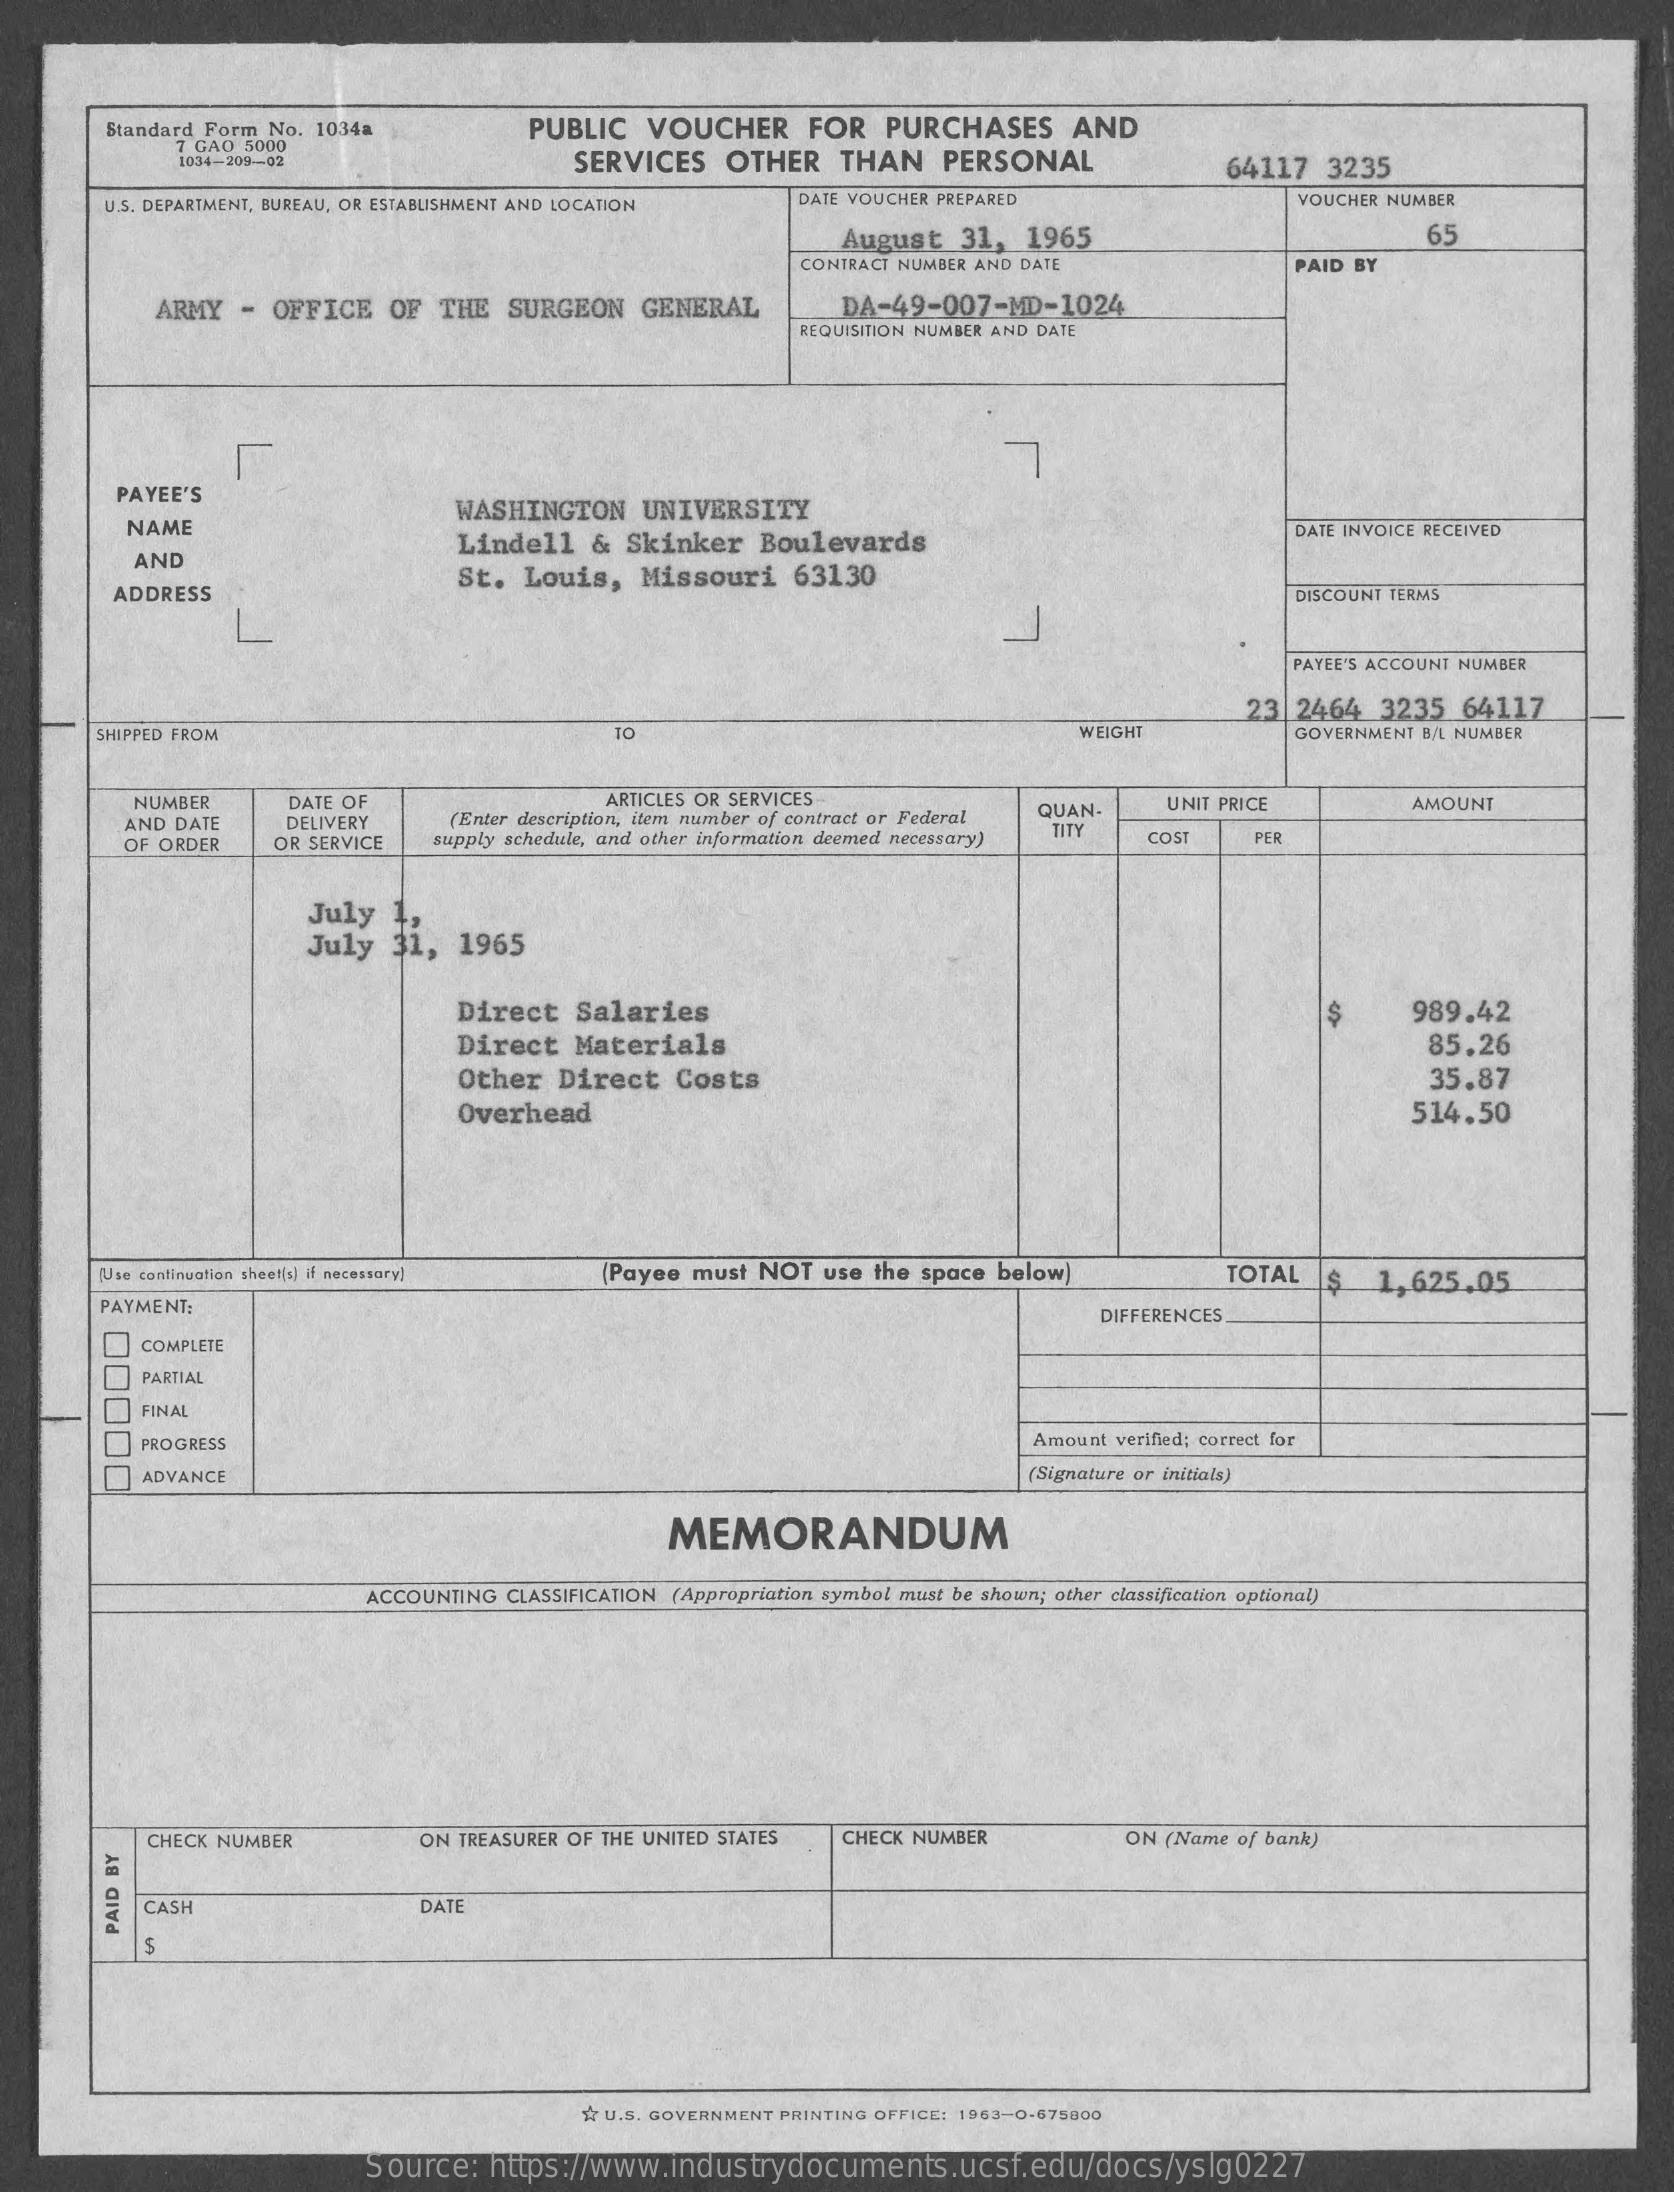
Standard Form  No. 1034a    PUBLIC    VOUCHER    FOR    PURCHASES    AND
     7 GAO 5000
     1034-209-02    SERVICES    OTHER    THAN    PERSONAL    64117    3235
     U.S. DEPARTMENT, BUREAU, OR ESTABLISHMENT AND LOCATION    DATE VOUCHER PREPARED    VOUCHER NUMBER
     August    31,  1965    65
     CONTRACT NUMBER AND DATE    PAID BY
     ARMY   -  OFFICE    OF   THE   SURGEON    GENERAL    DA-49-007-MD-1024
     REQUISITION NUMBER AND DATE
     PAYEE'S
     NAME
     WASHINGTON    UNIVERSITY
     Lindell    &  Skinker    Boulevards
     DATE INVOICE RECEIVED
     AND
     ADDRESS
     St.  Louis,    Missouri    63130
     DISCOUNT TERMS
     PAYEE'S ACCOUNT NUMBER
     23  2464    3235   64117
     SHIPPED FROM    TO    WEIGHT    GOVERNMENT B/L NUMBER
     NUMBER    DATE OF    ARTICLES OR SERVICES
     (Enter description, item number of contract or Federal QUAN-   UNIT PRICE    AMOUNT
     AND DATE    DELIVERY
     OF ORDER    OR SERVICE    supply schedule, and other information deemed necessary) TITY  COST    PER
     July    1,
     July    31,  1965
     Direct    Salaries    S    989.42
     Direct    Materials    85.26
     Other   Direct    Costs    35.87
     Overhead    514.50
     Use continuation sheet(s) if necessary]    [Payee  must  NOT   use the space  below)    TOTAL   $   1,625.05
     PAYMENT:    DIFFERENCES
     00000
     COMPLETE
     PARTIAL
     FINAL
     PROGRESS    Amount  verified; correct for
     ADVANCE    (Signature or initials)
     MEMORANDUM
     ACCOUNTING  CLASSIFICATION (Appropriation symbol must be shown; other classification optional)
     CHECK NUMBER    ON TREASURER OF THE UNITED STATES    CHECK NUMBER    ON  (Name of bank)
     CASH    DATE PAID
     BY
     $ U.S. GOVERNMENT PRINTING OFFICE: 1963-0-675800
     Source:    https://www.industrydocuments.ucsf.edu/docs/yslg0227